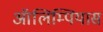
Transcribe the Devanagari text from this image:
ऑलिम्पियास